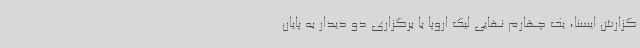
گزارش ایسنا، یک چهارم نهایی لیگ اروپا با برگزاری دو دیدار به پایان